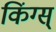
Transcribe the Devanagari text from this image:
किंग्स्